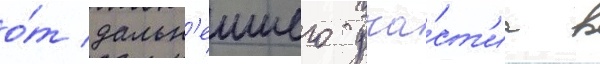
о́т дальн'еишего уча́ст'иа в